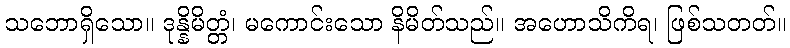
သဘောရှိသော။ ဒုန္နိမိတ္တံ၊ မကောင်းသော နိမိတ်သည်။ အဟောသိကိရ၊ ဖြစ်သတတ်။